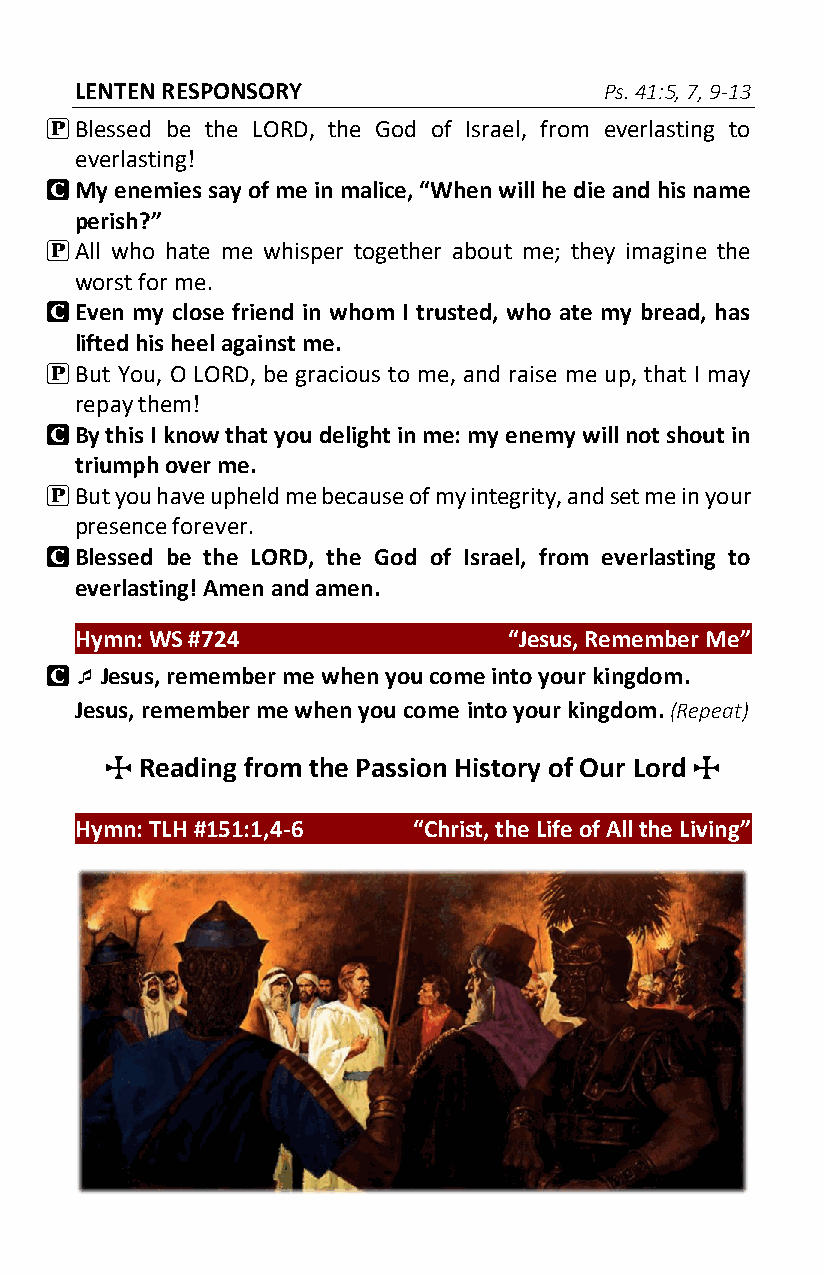
LENTEN RESPONSORY                  Ps. 41:5, 7, 9-13
 P Blessed be the LORD, the God of Israel, from everlasting to
 everlasting!
 C My enemies say of me in malice, “When will he die and his name
 perish?”
 P All who hate me whisper together about me; they imagine the
 worst for me.
 C Even my close friend in whom I trusted, who ate my bread, has
 lifted his heel against me.
 P But You, O LORD, be gracious to me, and raise me up, that I may
 repay them!
 C By this I know that you delight in me: my enemy will not shout in
 triumph over me.
 P But you have upheld me because of my integrity, and set me in your
 presence forever.
 C Blessed be the LORD, the God of Israel, from everlasting to
 everlasting! Amen and amen.
 Hymn: WS #724                “Jesus, Remember Me”
 C  Jesus, remember me when you come into your kingdom.
 Jesus, remember me when you come into your kingdom. (Repeat)
 T Reading from the Passion History of Our Lord T
 Hymn: TLH #151:1,4-6  “Christ, the Life of All the Living”